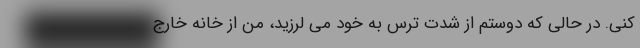
کنی. در حالی که دوستم از شدت ترس به خود می لرزید، من از خانه خارج